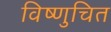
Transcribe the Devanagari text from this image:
विष्णुचित